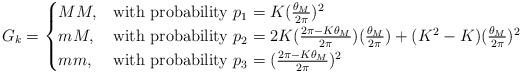
LaTeX: \begin{align*}G_k = \begin{cases} MM, & \mbox{with probability } p_1 = K(\frac{\theta_M}{2\pi})^2 \\ mM, & \mbox{with probability } p_2 = 2K(\frac{2\pi-K\theta_M}{2\pi})(\frac{\theta_M}{2\pi}) + (K^2-K)(\frac{\theta_M}{2\pi})^2 \\mm, & \mbox{with probability } p_3 = (\frac{2\pi-K\theta_M}{2\pi})^2\end{cases}\end{align*}